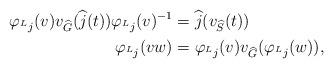
LaTeX: \begin{align*}\begin{aligned}\varphi_{\prescript{L}{}{j}}(v)v_{\widehat{G}}(\widehat{j}(t))\varphi_{\prescript{L}{}{j}}(v)^{-1}&=\widehat{j}(v_{\widehat{S}}(t))\\\varphi_{\prescript{L}{}{j}}(vw)&=\varphi_{\prescript{L}{}{j}}(v)v_{\widehat{G}}(\varphi_{\prescript{L}{}{j}}(w)),\end{aligned}\end{align*}